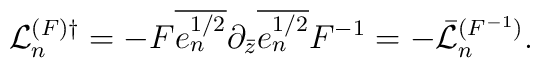
{\cal L}_n^{(F)\dagger}=-F\overline{e^{1/2}_n}\partial_{\bar z}\overline {e^{1/2}_n}F^{-1} =-\bar{\cal L}_n^{(F^{-1})}.